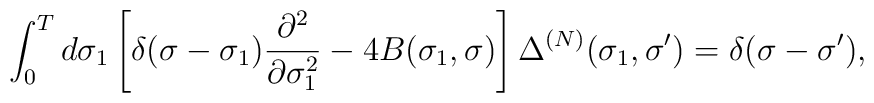
\int_0^Td\sigma_1\left[\delta(\sigma-\sigma_1)\frac{\partial^2}{\partial\sigma_1^2}-4B(\sigma_1,\sigma)\right]\Delta^{(N)}(\sigma_1,\sigma')=\delta(\sigma-\sigma'),